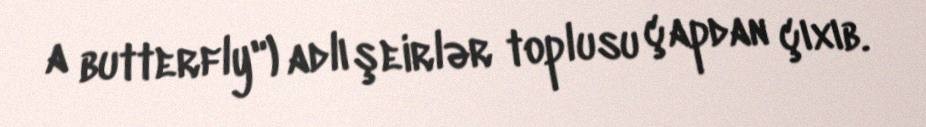
a butterfly") adlı şeirlər toplusu çapdan çıxıb.